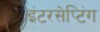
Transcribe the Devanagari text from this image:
इंटरसेप्टिंग